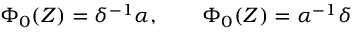
\Phi _ { 0 } ( Z ) = \delta ^ { - 1 } \alpha , \qquad \Phi _ { 0 } ( Z ) = \alpha ^ { - 1 } \delta